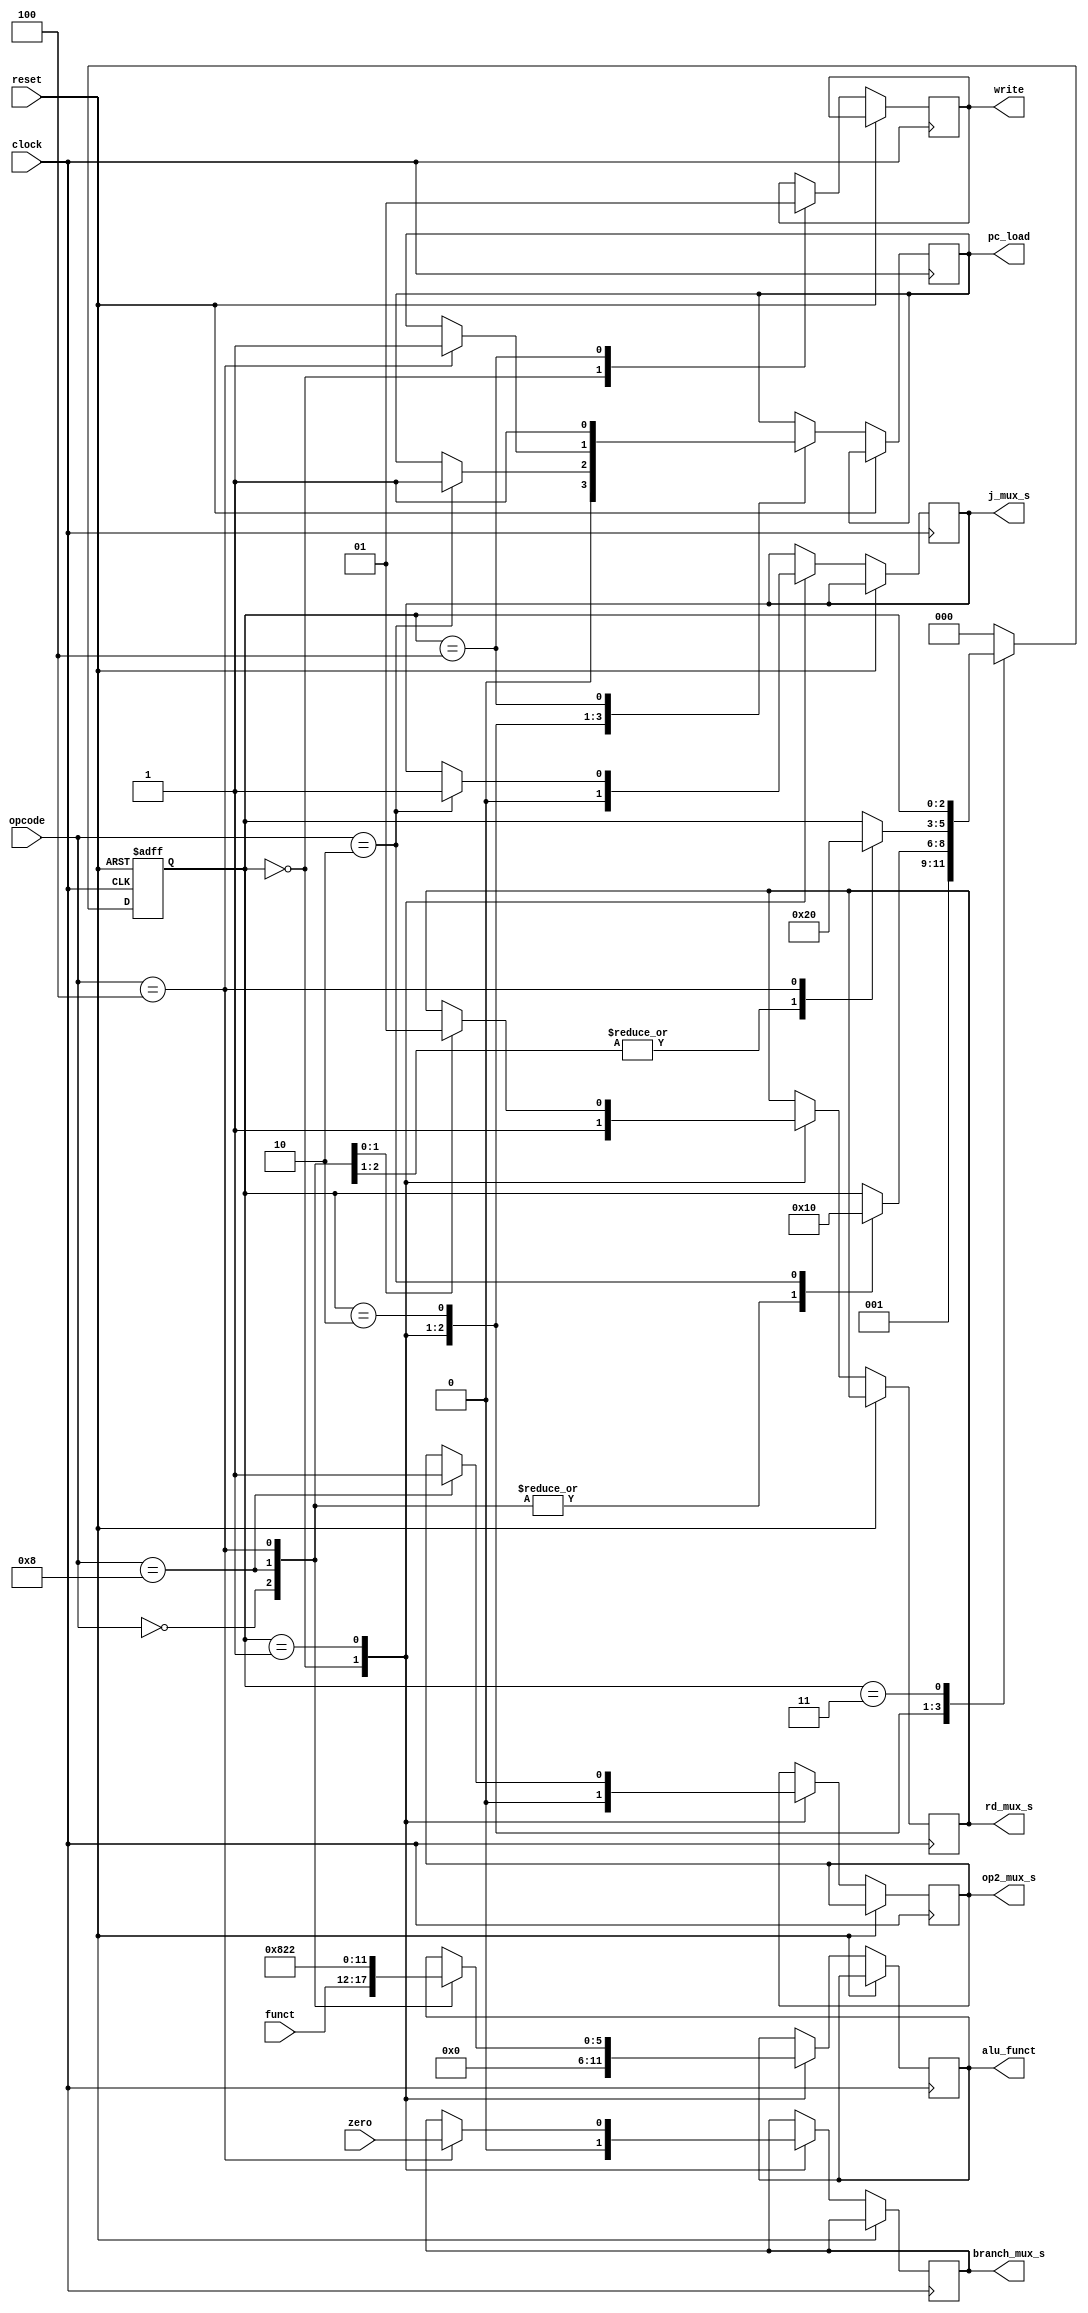
module fsm (
  input clock, reset,
  input [5:0] opcode,
  input [5:0] funct,
  input zero,
  output reg pc_load,
  output reg write,
  output reg [5:0] alu_funct,
  output reg rd_mux_s, op2_mux_s, branch_mux_s, j_mux_s
);
  reg[2:0] state;
  parameter IF = 3'd0;
  parameter ID = 3'd1;
  parameter EX = 3'd2;
  parameter MA = 3'd3;
  parameter WB = 3'd4;

  parameter OP_R = 6'b000000;
  parameter OP_ADDI = 6'b001000;
  parameter OP_BEQ = 6'b000100;
  parameter OP_J = 6'b000010;

  parameter OPR_ADD = 6'b100000;
  parameter OPR_SUB = 6'b100010;

  always @(posedge clock, posedge reset)
  begin
    if (reset)
      state <= IF;
    else
    begin
      case (state)
      IF:
      begin
        pc_load <= 0;
        write <= 0;
        alu_funct <= 0;
        rd_mux_s <= 1;
        op2_mux_s <= 0;
        branch_mux_s <= 0;
        j_mux_s <= 0;

        state <= ID;
      end
      ID:
      begin
        case (opcode)
        OP_R:
        begin
          alu_funct <= funct;

          state <= EX;
        end
        OP_ADDI:
        begin
          alu_funct <= OPR_ADD;
          rd_mux_s <= 0;
          op2_mux_s <= 1;

          state <= EX;
        end
        OP_BEQ:
        begin
          alu_funct <= OPR_SUB;
          rd_mux_s <= 1;
          branch_mux_s <= zero;

          state <= EX;
        end
        OP_J:
        begin
          j_mux_s <= 1;
          pc_load <= 1;

          state <= IF;
        end
        endcase
      end
      EX:
      begin
        case (opcode)
        OP_R, OP_ADDI: state <= WB;
        OP_BEQ:
        begin
          pc_load <= 1;

          state <= IF;
        end
        endcase
      end
      MA:;
      WB:
      begin
        write <= 1;
        pc_load <= 1;

        state <= IF;
      end
      default: state <= IF;
      endcase
    end
  end
endmodule